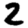
Digit: 2